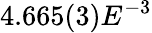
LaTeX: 4.665(3)E^{-3}